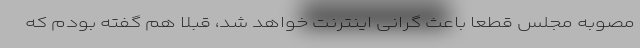
مصوبه مجلس قطعا باعث گرانی اینترنت خواهد شد، قبلا هم گفته بودم که